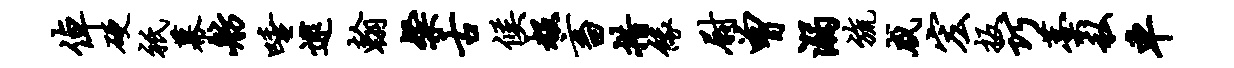
倬硬只幕舫唾逮翰粲古候赧畜措缘尉曾溺旒咸宏扳巧藁私车